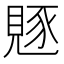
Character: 𧡄